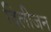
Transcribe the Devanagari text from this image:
दिलीजन